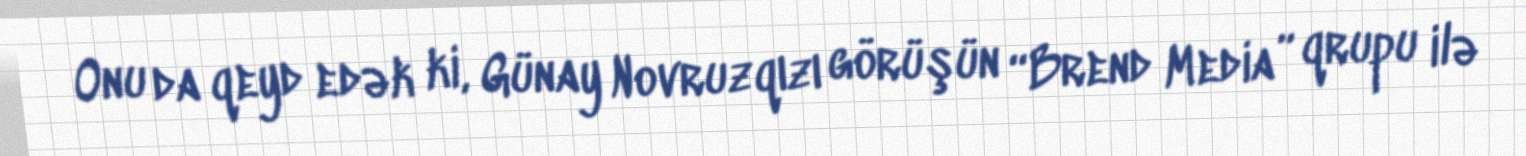
Onu da qeyd edək ki, Günay Novruzqızı görüşün “Brend Media” qrupu ilə